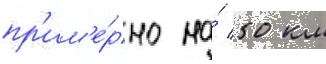
пр'им'е́рно на́ 50 км